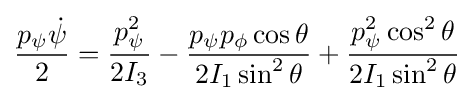
{\frac {p_{\psi }{\dot {\psi }}}{2}}={\frac {p_{\psi }^{2}}{2I_{3}}}-{\frac {p_{\psi }p_{\phi }\cos \theta }{2I_{1}\sin ^{2}\theta }}+{\frac {p_{\psi }^{2}\cos ^{2}\theta }{2I_{1}\sin ^{2}\theta }}